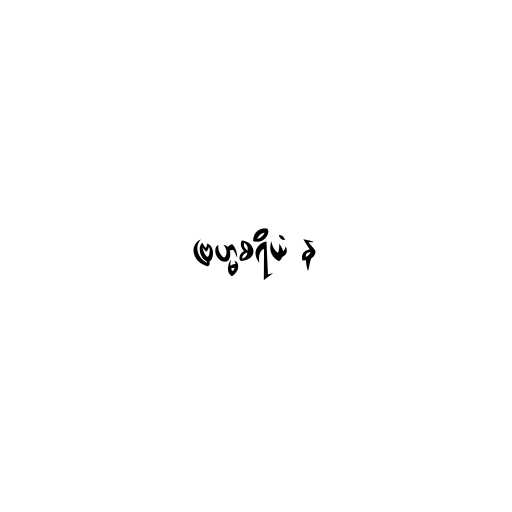
ဗြဟ္မစရိယံ န